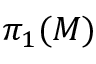
\pi _ { 1 } ( M )